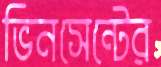
ভিনসেন্টের